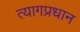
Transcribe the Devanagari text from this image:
त्यागप्रधान